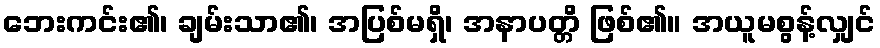
ဘေးကင်း၏၊ ချမ်းသာ၏၊ အပြစ်မရှိ၊ အနာပတ္တိ ဖြစ်၏။ အယူမစွန့်လျှင်